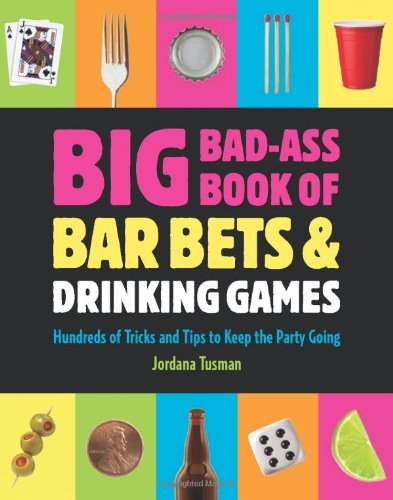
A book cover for Big Bad-Ass Book of Bar Bets and Drinking Games: Hundreds of Tricks and Tips to Keep the Party Going; Jordana Tusman; Cookbooks, Food & Wine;